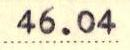
46.04